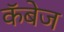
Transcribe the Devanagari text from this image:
कॅबेज